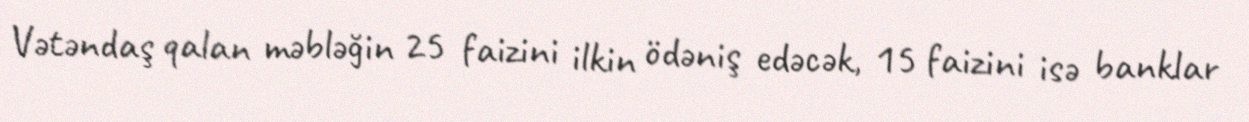
Vətəndaş qalan məbləğin 25 faizini ilkin ödəniş edəcək, 15 faizini isə banklar